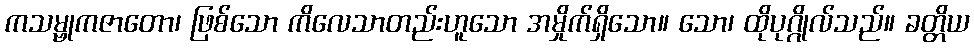
ကသမ္ဗုကဇာတော၊ ဖြစ်သော ကိလေသာတည်းဟူသော အမှိုက်ရှိသော။ သော၊ ထိုပုဂ္ဂိုလ်သည်။ ခတ္တိယ